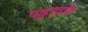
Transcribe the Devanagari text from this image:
पाहुड़दोहा